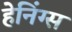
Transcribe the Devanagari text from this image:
हेनिंग्स